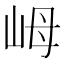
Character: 㟂